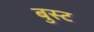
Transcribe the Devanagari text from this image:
बुस्ट